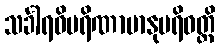
သင်္ခါရဝိပရိဏာမာနုပရိဝတ္တိ